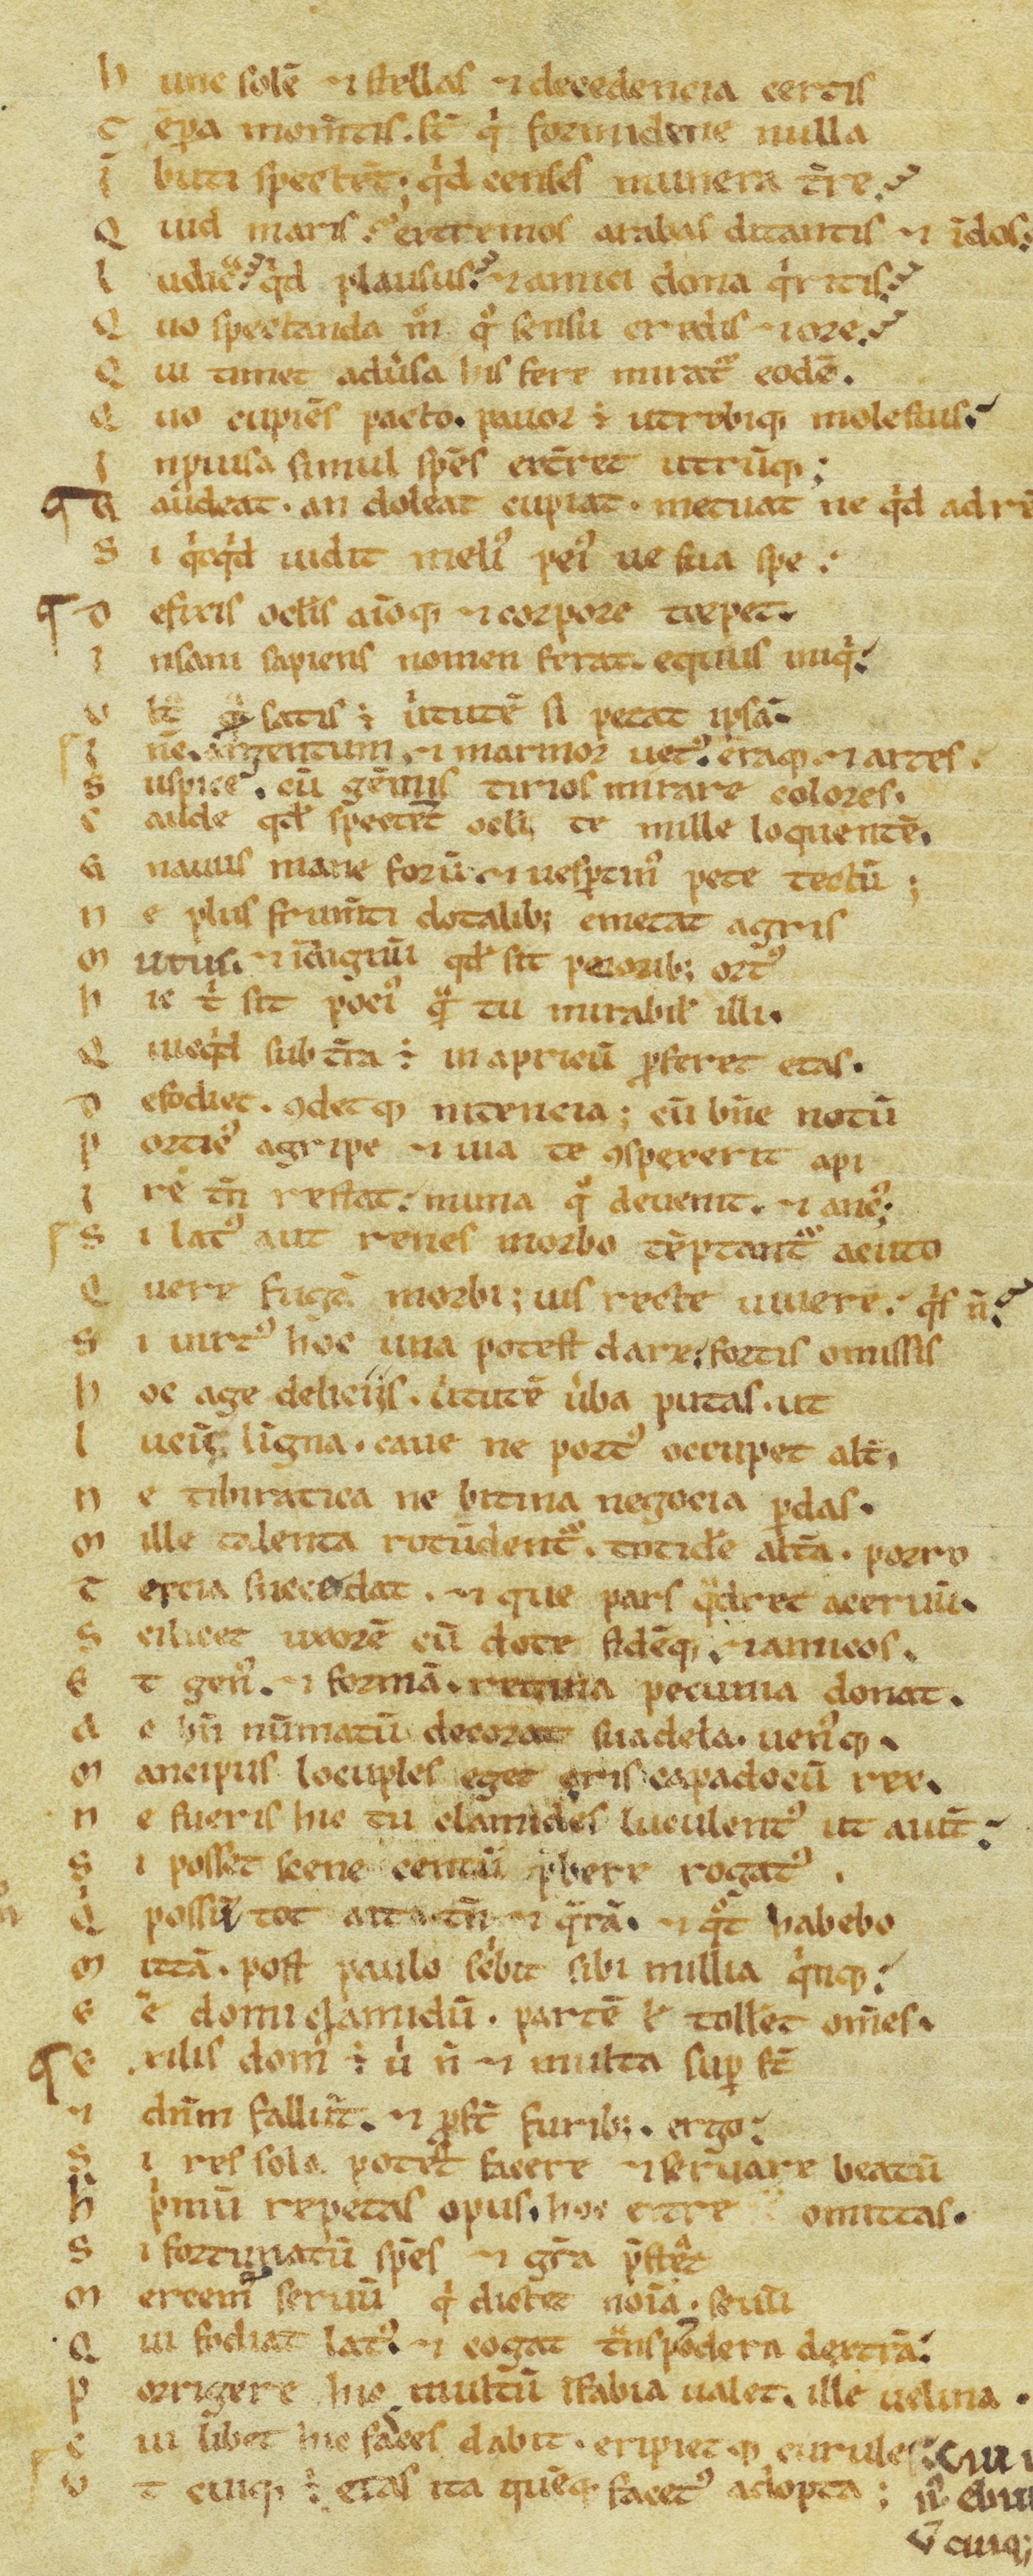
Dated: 1100–1199